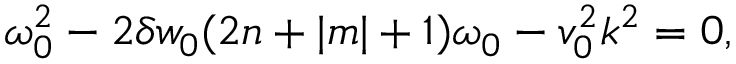
\begin{array} { r } { \omega _ { 0 } ^ { 2 } - 2 \delta w _ { 0 } ( 2 n + | m | + 1 ) \omega _ { 0 } - v _ { 0 } ^ { 2 } k ^ { 2 } = 0 , } \end{array}